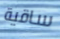
ساقية